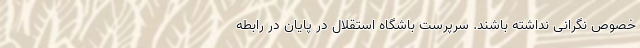
خصوص نگرانی نداشته باشند. سرپرست باشگاه استقلال در پایان در رابطه